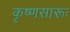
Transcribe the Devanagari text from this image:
कृष्‍णसारूः